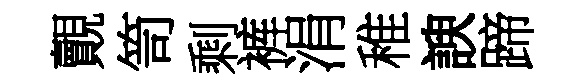
覿笥剩裤涓稚諛蹄